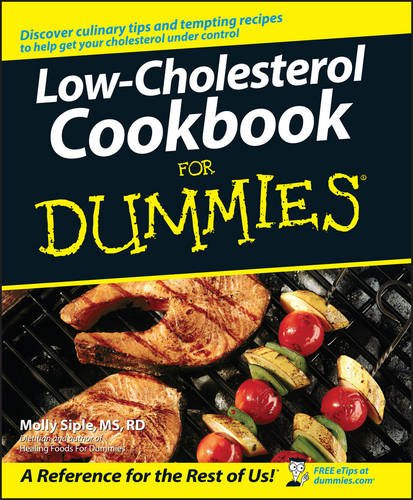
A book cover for Low-Cholesterol Cookbook For Dummies; Molly Siple; Cookbooks, Food & Wine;